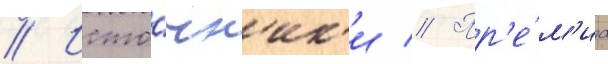
// Исто́чн'ик'и // Пр'е́м'иа